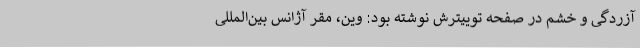
آزردگی و خشم در صفحه توییترش نوشته بود: وین، مقر آژانس بین‌المللی